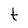
Character: t